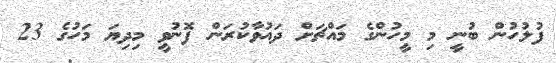
ފުލުހުން ބުނީ މި މީހުންގެ މައްޗަށް ދައުވާކުރަން ފޮނުވީ މިދިޔަ މަހުގެ 23